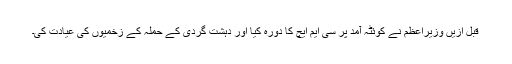
قبل ازیں وزیراعظم نے کوئٹہ آمد پر سی ایم ایچ کا دورہ کیا اور دہشت گردی کے حملہ کے زخمیوں کی عیادت کی۔